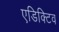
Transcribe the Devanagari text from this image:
एडिक्टिव